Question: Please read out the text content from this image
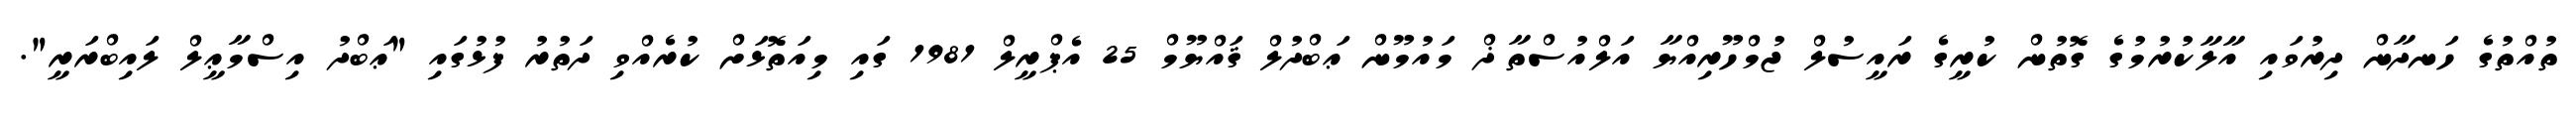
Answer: ތުއްތުގެ ހަނދާން ދިރުވައި އާލާކުރުމުގެ ގޮތުން ކުރީގެ ރައީސުލް ޖުމްހޫރިއްޔާ އަލްއުސްތާޛް މައުމޫން ޢަބްދުލް ޤައްޔޫމް 25 އެޕްރީލް 1981 ގައި މިއަތޮޅަށް ކުރެއްވި ދަތުރު ފުޅުގައި "ޢަބްދު އިސްމާޢީލް ލައިބްރަރީ".